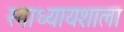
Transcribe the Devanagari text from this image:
स्वाध्यायशाला